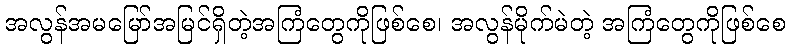
အလွန်အမမြော်အမြင်ရှိတဲ့အကြံတွေကိုဖြစ်စေ၊ အလွန်မိုက်မဲတဲ့ အကြံတွေကိုဖြစ်စေ